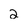
Character: 2